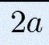
2a